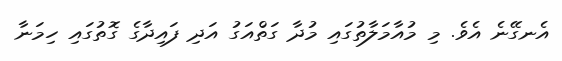
އެނގޭނެ އެވެ. މި މުއާމަލާތުގައި މުދާ ގަތްއަގު އަދި ފައިދާގެ ގޮތުގައި ހިމަނާ